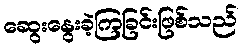
ဆွေးနွေးခဲ့ကြခြင်းဖြစ်သည်